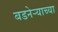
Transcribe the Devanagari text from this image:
बडनेर्‍याच्या